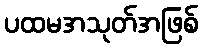
ပထမအသုတ်အဖြစ်